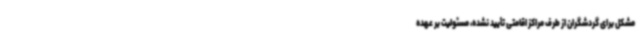
مشکل برای گردشگران از طرف مراکز اقامتی تأیید نشده، مسئولیت بر عهده